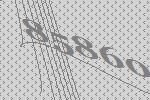
85860